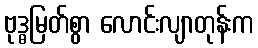
ဗုဒ္ဓမြတ်စွာ လောင်းလျာတုန်းက